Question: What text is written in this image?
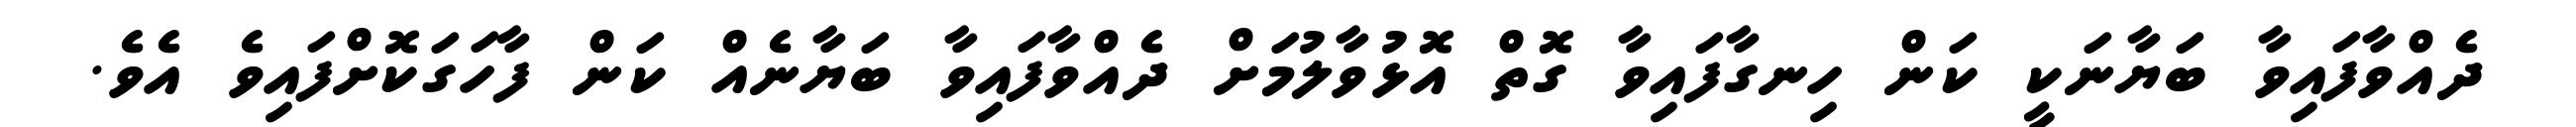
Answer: ދެއްވާފައިވާ ބަޔާނަކީ ކަން ހިނގާފައިވާ ގޮތް އޮޅުވާލުމަށް ދެއްވާފައިވާ ބަޔާނެއް ކަން ފާހަގަކޮށްފައިވެ އެވެ.